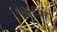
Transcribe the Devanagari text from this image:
मिल्ति